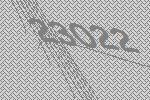
23022